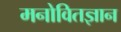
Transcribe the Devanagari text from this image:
मनोवितज्ञान